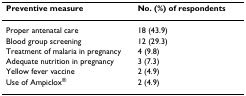
<table><thead><tr><td><b>Preventive measure</b></td><td><b>No. (%) of respondents</b></td></tr></thead><tbody><tr><td>Proper antenatal care</td><td>18 (43.9)</td></tr><tr><td>Blood group screening</td><td>12 (29.3)</td></tr><tr><td>Treatment of malaria in pregnancy</td><td>4 (9.8)</td></tr><tr><td>Adequate nutrition in pregnancy</td><td>3 (7.3)</td></tr><tr><td>Yellow fever vaccine</td><td>2 (4.9)</td></tr><tr><td>Use of Ampiclox<sup>®</sup></td><td>2 (4.9)</td></tr></tbody></table>